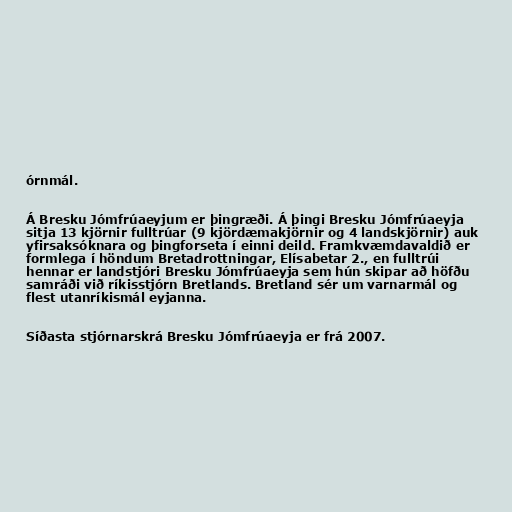
órnmál.

Á Bresku Jómfrúaeyjum er þingræði. Á þingi Bresku Jómfrúaeyja
sitja 13 kjörnir fulltrúar (9 kjördæmakjörnir og 4 landskjörnir) auk
yfirsaksóknara og þingforseta í einni deild. Framkvæmdavaldið er
formlega í höndum Bretadrottningar, Elísabetar 2., en fulltrúi
hennar er landstjóri Bresku Jómfrúaeyja sem hún skipar að höfðu
samráði við ríkisstjórn Bretlands. Bretland sér um varnarmál og
flest utanríkismál eyjanna.

Síðasta stjórnarskrá Bresku Jómfrúaeyja er frá 2007.